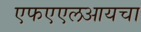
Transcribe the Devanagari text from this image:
एफएएलआयचा